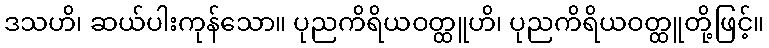
ဒသဟိ၊ ဆယ်ပါးကုန်သော။ ပုညကိရိယဝတ္ထူဟိ၊ ပုညကိရိယဝတ္ထူတို့ဖြင့်။